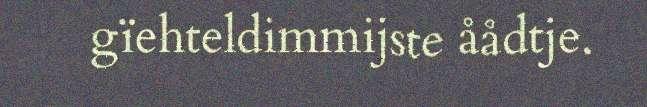
gïehteldimmijste åådtje.